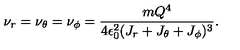
\nu _ { r } = \nu _ { \theta } = \nu _ { \phi } = { \frac { m Q ^ { 4 } } { 4 \epsilon _ { 0 } ^ { 2 } ( J _ { r } + J _ { \theta } + J _ { \phi } ) ^ { 3 } } } .